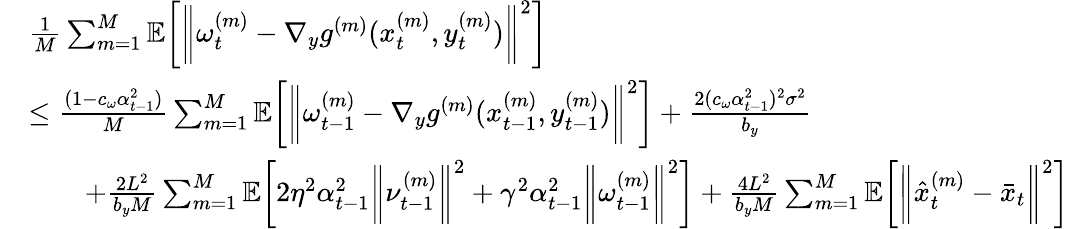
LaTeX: \begin{array}{rl}&{\frac{1}{M}\sum_{m=1}^{M}\mathbb{E}\bigg[\bigg\| \omega_{t}^{(m)}-\nabla_{y}g^{(m)}(x_{t}^{(m)},y_{t}^{(m)})\bigg\| ^{2}\bigg]}\\ &{\leq\frac{(1-c_{\omega}\alpha_{t-1}^{2})}{M}\sum_{m=1}^{M}\mathbb{E}\bigg[\bigg\| \omega_{t-1}^{(m)}-\nabla_{y}g^{(m)}(x_{t-1}^{(m)},y_{t-1}^{(m)})\bigg\| ^{2}\bigg]+\frac{2(c_{\omega}\alpha_{t-1}^{2})^{2}\sigma^{2}}{b_{y}}}\\ &{\qquad+\frac{2L^{2}}{b_{y}M}\sum_{m=1}^{M}\mathbb{E}\bigg[2\eta^{2}\alpha_{t-1}^{2}\bigg\| \nu_{t-1}^{(m)}\bigg\| ^{2}+\gamma^{2}\alpha_{t-1}^{2}\bigg\| \omega_{t-1}^{(m)}\bigg\| ^{2}\bigg]+\frac{4L^{2}}{b_{y}M}\sum_{m=1}^{M}\mathbb{E}\bigg[\bigg\| \hat{x}_{t}^{(m)}-\bar{x}_{t}\bigg\| ^{2}\bigg]}\end{array}